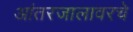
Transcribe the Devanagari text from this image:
आंतरजालावरचे